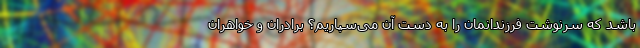
باشد که سرنوشت فرزندانمان را به دست آن می‌سپاریم؟ برادران و خواهران